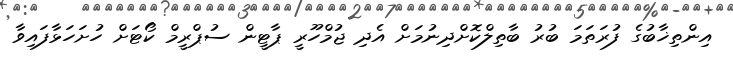
އިންތިޚާބުގެ ފުރަތަމަ ބުރު ބާތިލްކޮށްދިނުމަށް އެދި ޖުމްހޫރީ ޕާޓީން ސުޕްރީމް ކޯޓަށް ހުށަހަޅާފައިވާ